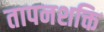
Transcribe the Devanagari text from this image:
तापनशक्ति